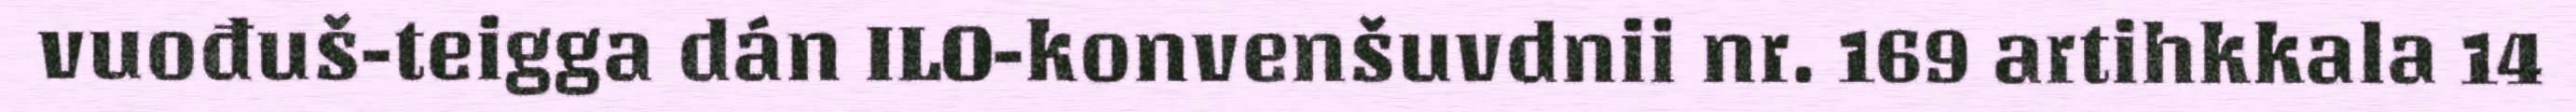
vuođuš-teigga dán ILO-konvenšuvdnii nr. 169 artihkkala 14